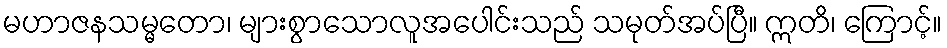
မဟာဇနသမ္မတော၊ များစွာသောလူအပေါင်းသည် သမုတ်အပ်ပြီ။ ဣတိ၊ ကြောင့်။